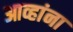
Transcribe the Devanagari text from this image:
आव्हांना